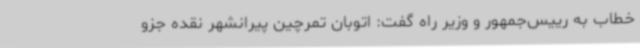
خطاب‌ به رییس‌جمهور و وزیر راه گفت: اتوبان تمرچین پیرانشهر نقده جزو